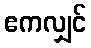
ဧကလျှင်